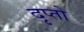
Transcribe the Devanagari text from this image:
दृप्तो